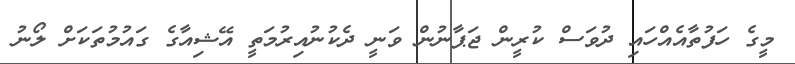
މީގެ ހަފުތާއެއްހައި ދުވަސް ކުރީން ޖަޕާނުން ވަނީ ދެކުނުއިރުމަތީ އޭޝިއާގެ ގައުމުތަކަށް ލޯނު